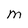
Character: M